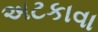
અટકાવા